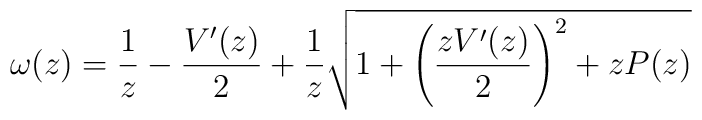
\omega(z)=\frac{1}{z}-\frac{V'(z)}{2}+\frac{1}{z}\sqrt{ 1+\left(\frac{zV'(z)}{2}\right)^2+zP(z)}